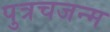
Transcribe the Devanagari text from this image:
पुत्रचजन्म